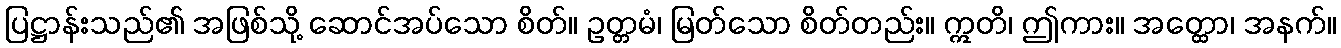
ပြဋ္ဌာန်းသည်၏ အဖြစ်သို့ ဆောင်အပ်သော စိတ်။ ဥတ္တမံ၊ မြတ်သော စိတ်တည်း။ ဣတိ၊ ဤကား။ အတ္ထော၊ အနက်။